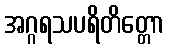
အဂ္ဂရသပရိတိတ္တော